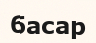
басар